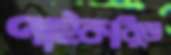
পাইকারিতে